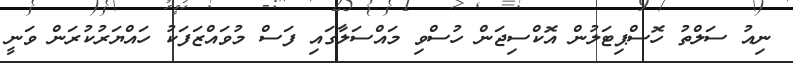
ނިއު ސަލްތު ހޮސްޕިޓަލުން އޮކްސިޖަން ހުސްވި މައްސަލާގައި ފަސް މުވައްޒަފަކު ހައްޔަރުކުރަން ވަނީ